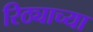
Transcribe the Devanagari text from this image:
रिठ्याच्या